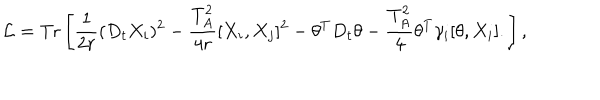
LaTeX: { \cal L } = \mathrm { T r } \left[ \frac { 1 } { 2 r } ( D _ { t } X _ { i } ) ^ { 2 } - \frac { T _ { A } ^ { 2 } } { 4 r } [ X _ { i } , X _ { j } ] ^ { 2 } - \theta ^ { T } D _ { t } \theta - \frac { T _ { A } ^ { 2 } } { 4 } \theta ^ { T } \gamma _ { i } [ \theta , X _ { i } ] . \right] ,